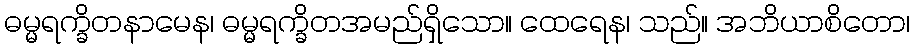
ဓမ္မရက္ခိတနာမေန၊ ဓမ္မရက္ခိတအမည်ရှိသော။ ထေရေန၊ သည်။ အဘိယာစိတော၊